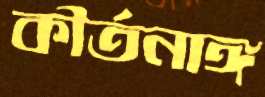
কীর্তনাঙ্গ